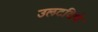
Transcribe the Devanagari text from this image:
उलटविणे